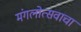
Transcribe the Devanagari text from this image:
मंगलोत्सवाचा